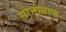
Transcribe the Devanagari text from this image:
सोनोग्राफ